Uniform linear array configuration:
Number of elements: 8
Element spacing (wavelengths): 1
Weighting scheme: kaiser
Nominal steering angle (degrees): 60
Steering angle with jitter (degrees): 60.813
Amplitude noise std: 0.05
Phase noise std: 0.05

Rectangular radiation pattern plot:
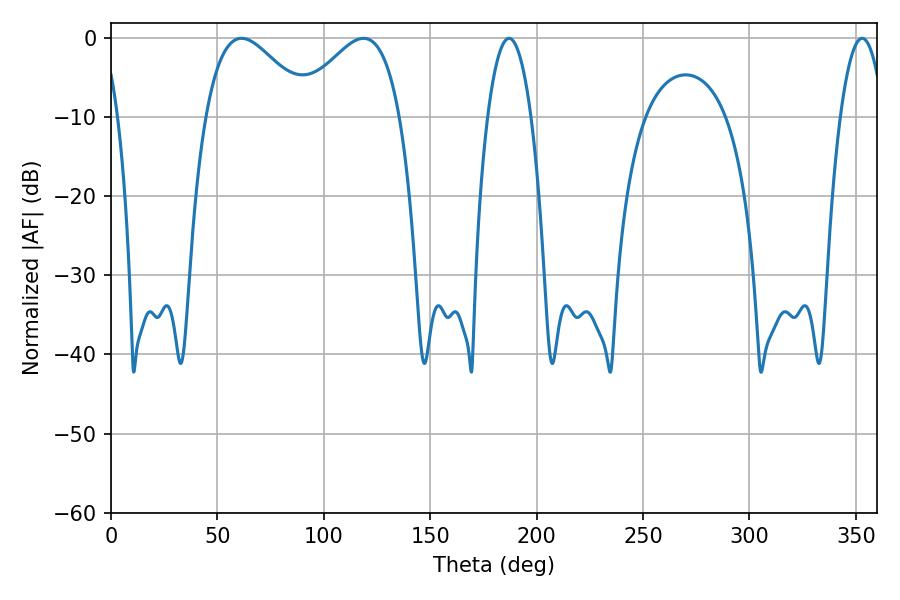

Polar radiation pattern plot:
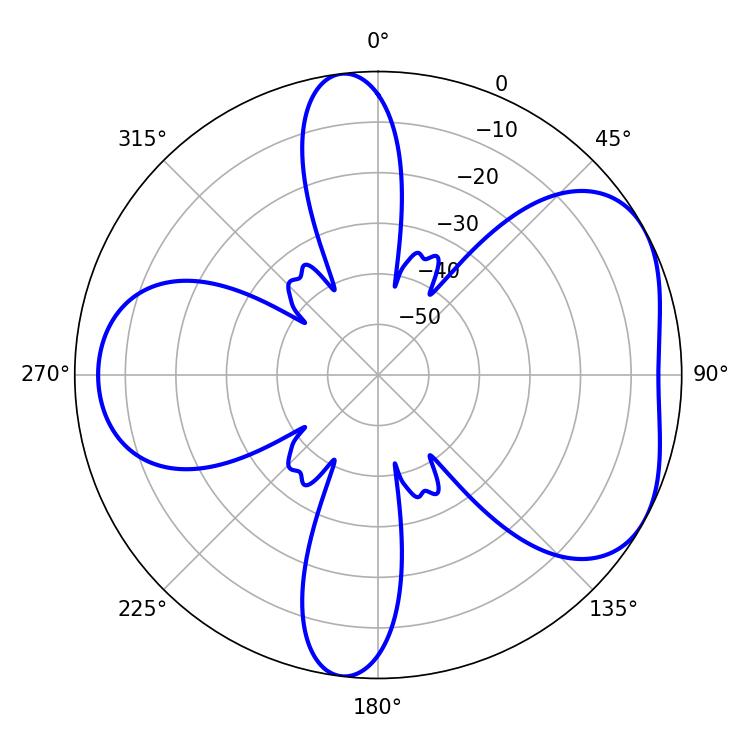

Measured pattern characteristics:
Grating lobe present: TRUE
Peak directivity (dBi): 4.882
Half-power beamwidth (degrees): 11.34
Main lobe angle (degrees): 187.02